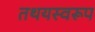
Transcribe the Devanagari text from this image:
तथयस्वरूप